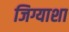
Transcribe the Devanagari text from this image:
जिग्याशा